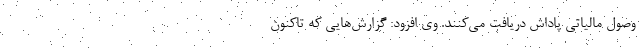
وصول مالیاتی پاداش دریافت می‌کنند. وی افزود: گزارش‌هایی که تاکنون